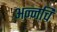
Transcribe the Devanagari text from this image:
अन्नचि